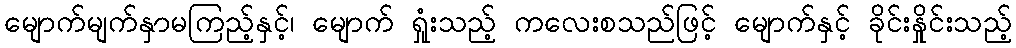
မျောက်မျက်နှာမကြည့်နှင့်၊ မျောက် ရှုံးသည့် ကလေးစသည်ဖြင့် မျောက်နှင့် ခိုင်းနှိုင်းသည့်